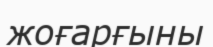
жоғарғыны